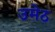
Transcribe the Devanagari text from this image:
उमेठ